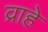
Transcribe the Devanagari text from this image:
व्राहे